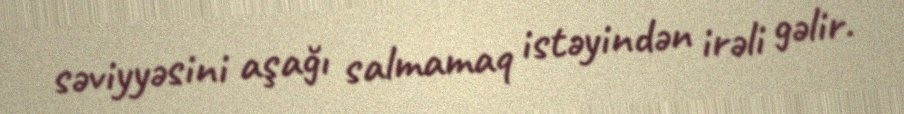
səviyyəsini aşağı salmamaq istəyindən irəli gəlir.